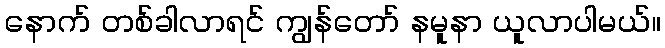
နောက် တစ်ခါလာရင် ကျွန်တော် နမူနာ ယူလာပါမယ်။